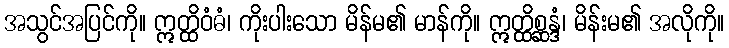
အသွင်အပြင်ကို။ ဣတ္ထိဝံဓံ၊ ကိုးပါးသော မိန်မ၏ မာန်ကို။ ဣတ္ထိစ္ဆန္ဒံ၊ မိန်းမ၏ အလိုကို။